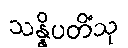
သန္နိပတိံသု